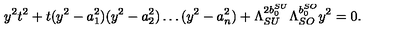
y ^ { 2 } t ^ { 2 } + t ( y ^ { 2 } - a _ { 1 } ^ { 2 } ) ( y ^ { 2 } - a _ { 2 } ^ { 2 } ) \ldots ( y ^ { 2 } - a _ { n } ^ { 2 } ) + \Lambda _ { S U } ^ { 2 b _ { 0 } ^ { S U } } \Lambda _ { S O } ^ { b _ { 0 } ^ { S O } } y ^ { 2 } = 0 .